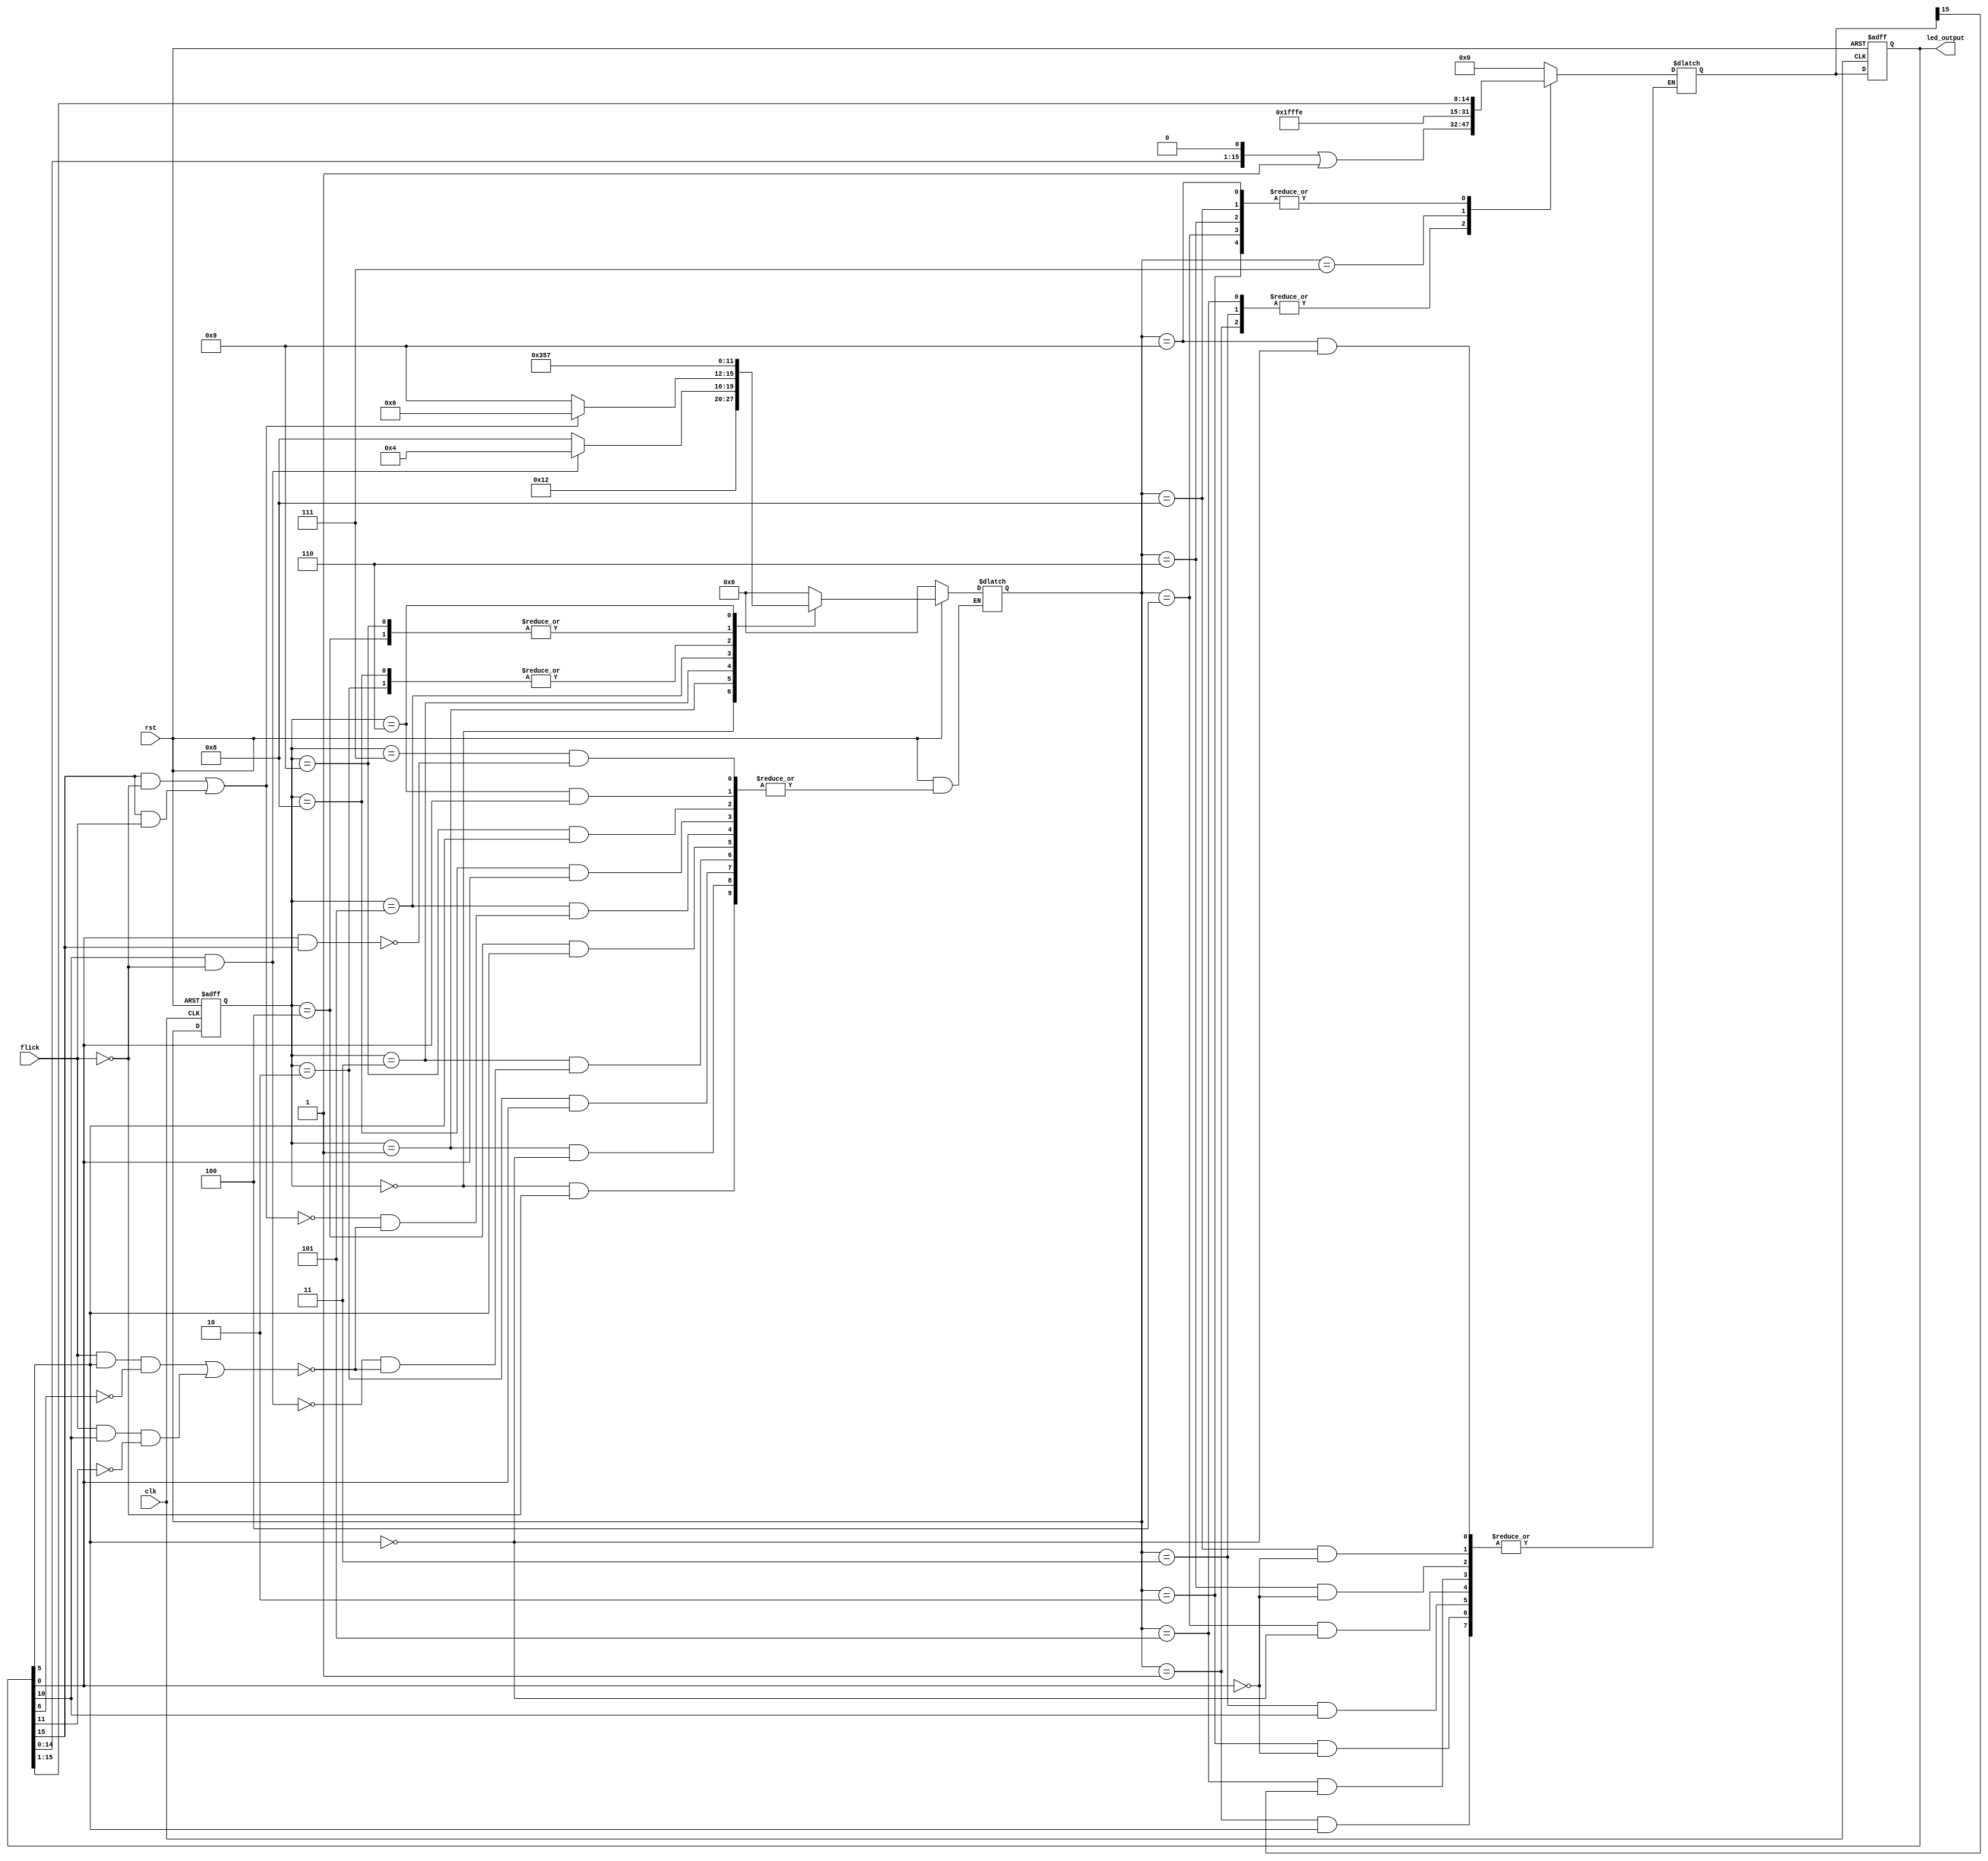
`timescale 1ns / 1ps
//////////////////////////////////////////////////////////////////////////////////
// Company: 
// Engineer: 
// 
// Design Name: 
// Module Name: bound_flasher
// Project Name: 
// Target Devices: 
// Tool Versions: 
// Description: 
// 
// Dependencies: 
// 
// Revision:
// Revision 0.01 - File Created
// Additional Comments:
// 
//////////////////////////////////////////////////////////////////////////////////


`timescale 1ns / 1ps
//////////////////////////////////////////////////////////////////////////////////
// Company: 
// Engineer: 
// 
// Design Name: 
// Module Name: bound_flasher
// Project Name: 
// Target Devices: 
// Tool Versions: 
// Description: 
// 
// Dependencies: 
// 
// Revision:
// Revision 0.01 - File Created
// Additional Comments:
// 
//////////////////////////////////////////////////////////////////////////////////


module bound_flasher(flick, clk, rst, led_output);
    input wire flick;
    input wire clk;
    input wire rst;
    output reg [15:0] led_output;
    
    reg [3:0] state;
    reg [3:0] stateR;
    reg [15:0] led_buffer;
        
    always @(posedge clk or negedge rst) begin
        if (rst == 1'b0) begin
            led_output <= 16'b0;
        end
        else begin
            led_output <= led_buffer;
        end 
    end
    
    always @(*) begin
        case(state)
            3'b000: begin
                led_buffer <= 16'b0;
            end
            
            3'b001: begin
                if (led_output[5] != 1) begin 
                    led_buffer <= (led_output << 1) | 1'b1;
                end
            end
            
            3'b010: begin
                if (led_output[0] != 0) begin
                    led_buffer <= (led_output >> 1);
                end           
            end
            
            3'b011: begin
                if (led_output[10] != 1) begin
                    led_buffer <= (led_output << 1) | 1'b1;
                end
            end
            
            3'b100: begin
                if (led_output[5] != 0) begin
                   led_buffer <= (led_output >> 1);
                end
            end
            
            3'b101: begin
                 if (led_buffer[15] != 1) begin 
                     led_buffer <= (led_output << 1) | 1'b1;
                 end
            end
            
            3'b110: begin
                 if (led_output[0] != 0) begin
                    led_buffer <= (led_output >> 1);
                 end
            end
            
            3'b111: begin
                    led_buffer <= 16'b1111111111111111;
            end
            
            4'b1000: begin // State KickBack lamp[5] or lamp[10] at state 3
                if (led_output[0] != 0) begin
                    led_buffer <= (led_output >> 1);
                end
            end
            
            4'b1001: begin // State KickBack lamp[5] or lamp[10] at state 5
                if (led_output[5] != 0) begin
                    led_buffer <= (led_output >> 1);
                end
            end
            
            default: begin
                        led_buffer <= 16'b0;
                     end
        endcase      
    end
    
    always @(posedge clk or negedge rst) begin
        if (rst == 1'b0) begin
          stateR <= 3'b000;
        end
        else begin
          stateR <= state;
        end
     end
   
     always @(*) begin
         if (rst == 1'b0) begin
           state <= 3'b000;
         end
         else begin
         case (stateR)
           3'b000: begin //INITIAL
             if (flick == 1) begin
               state <= 3'b001;
             end
           end
           
           3'b001: begin //STATE_1
             if (led_output[5] == 1) begin
               state <= 3'b010;
             end
           end
           
           3'b010: begin    //STATE_2
             if (led_output[0] == 0) begin
                  state <= 3'b011;
             end
           end
           
           3'b011: begin //STATE_3
             if ((led_output[10] == 1 && flick == 0)) begin
                  state <= 3'b100;
             end
             else if((flick == 1 && led_output[5] == 1 && led_output[6] == 0) || (flick == 1 && led_output[10] == 1 && led_output[11] == 0)) begin
                  state <= 4'b1000; //kickback at lamp[5] or lamp[10]
             end
           end
           
           3'b100: begin    //STATE_4
             if (led_output[5] == 0) begin
                  state <= 3'b101;
             end
           end
           
           3'b101: begin //STATE_5
             if ((led_output[15] == 1 && flick == 0) || (led_output[15] == 1 && flick == 1))
                  state <= 3'b110;
             else if(((flick == 1) && (led_output[5] == 1) && (led_output[6] == 0)) || ((flick == 1)&& (led_output[10] == 1) && (led_output[11] == 0))) begin
                  state <= 4'b1001;  //kickback at lamp[5] or lamp[10]
             end
           end
           
           4'b1000: begin // kick back at lamp [5] or lamp[10] at state 3
            if(led_output[0] == 0) begin
                state <= 3'b011;
            end
           end
           4'b1001: begin // kick back at lamp [5] or lamp[10] at state 5
            if(led_output[5] == 0) begin
                state <= 3'b101;
            end
           end
           
           3'b110: begin //SEMI-FINAL
             if (led_output[0] == 0) begin
                  state <= 3'b111;
             end
           end
           
           3'b111: begin //FINAL
                if (led_output[0] == 1 && led_output[15] == 1)
                    state <= 3'b000;
           end
           
           default: state <= 3'b000;
         endcase
         end
       end
    
    endmodule